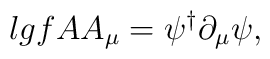
\l{gfA}A_\mu = \psi^\dagger \partial_\mu \psi,